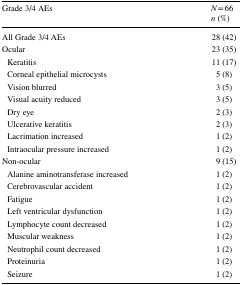
<table><thead><tr><td><b>Grade 3/4 AEs</b></td><td><b><i>N</i> = 66<i>n</i> (%)</b></td></tr></thead><tbody><tr><td>All Grade 3/4 AEs</td><td>28 (42)</td></tr><tr><td>Ocular</td><td>23 (35)</td></tr><tr><td> Keratitis</td><td>11 (17)</td></tr><tr><td> Corneal epithelial microcysts</td><td>5 (8)</td></tr><tr><td> Vision blurred</td><td>3 (5)</td></tr><tr><td> Visual acuity reduced</td><td>3 (5)</td></tr><tr><td> Dry eye</td><td>2 (3)</td></tr><tr><td> Ulcerative keratitis</td><td>2 (3)</td></tr><tr><td> Lacrimation increased</td><td>1 (2)</td></tr><tr><td> Intraocular pressure increased</td><td>1 (2)</td></tr><tr><td>Non-ocular</td><td>9 (15)</td></tr><tr><td> Alanine aminotransferase increased</td><td>1 (2)</td></tr><tr><td> Cerebrovascular accident</td><td>1 (2)</td></tr><tr><td> Fatigue</td><td>1 (2)</td></tr><tr><td> Left ventricular dysfunction</td><td>1 (2)</td></tr><tr><td> Lymphocyte count decreased</td><td>1 (2)</td></tr><tr><td> Muscular weakness</td><td>1 (2)</td></tr><tr><td> Neutrophil count decreased</td><td>1 (2)</td></tr><tr><td> Proteinuria</td><td>1 (2)</td></tr><tr><td> Seizure</td><td>1 (2)</td></tr></tbody></table>